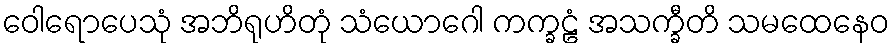
ဝေါရောပေသုံ အဘိရုဟိတုံ သံယောဂေါ ကက္ခဠံ အသက္ခီတိ သမထေနေဝ